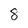
Character: 8